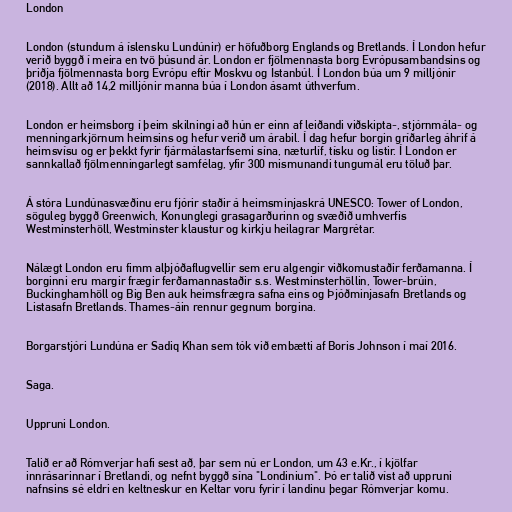
London

London (stundum á íslensku Lundúnir) er höfuðborg Englands og Bretlands. Í London hefur
verið byggð í meira en tvö þúsund ár. London er fjölmennasta borg Evrópusambandsins og
þriðja fjölmennasta borg Evrópu eftir Moskvu og Istanbúl. Í London búa um 9 milljónir
(2018). Allt að 14,2 milljónir manna búa í London ásamt úthverfum.

London er heimsborg í þeim skilningi að hún er einn af leiðandi viðskipta-, stjórnmála- og
menningarkjörnum heimsins og hefur verið um árabil. Í dag hefur borgin gríðarleg áhrif á
heimsvísu og er þekkt fyrir fjármálastarfsemi sína, næturlíf, tísku og listir. Í London er
sannkallað fjölmenningarlegt samfélag, yfir 300 mismunandi tungumál eru töluð þar.

Á stóra Lundúnasvæðinu eru fjórir staðir á heimsminjaskrá UNESCO: Tower of London,
söguleg byggð Greenwich, Konunglegi grasagarðurinn og svæðið umhverfis
Westminsterhöll, Westminster klaustur og kirkju heilagrar Margrétar.

Nálægt London eru fimm alþjóðaflugvellir sem eru algengir viðkomustaðir ferðamanna. Í
borginni eru margir frægir ferðamannastaðir s.s. Westminsterhöllin, Tower-brúin,
Buckinghamhöll og Big Ben auk heimsfrægra safna eins og Þjóðminjasafn Bretlands og
Listasafn Bretlands. Thames-áin rennur gegnum borgina.

Borgarstjóri Lundúna er Sadiq Khan sem tók við embætti af Boris Johnson í maí 2016.

Saga.

Uppruni London.

Talið er að Rómverjar hafi sest að, þar sem nú er London, um 43 e.Kr., í kjölfar
innrásarinnar í Bretlandi, og nefnt byggð sína "Londinium". Þó er talið víst að uppruni
nafnsins sé eldri en keltneskur en Keltar voru fyrir í landinu þegar Rómverjar komu.